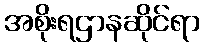
အစိုးရဌာနဆိုင်ရာ